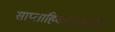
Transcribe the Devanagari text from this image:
साप्ताहिकांमधूनही